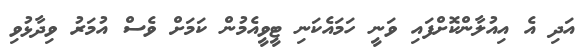
އަދި އެ އިއުލާންކޮށްފައި ވަނީ ހަމައެކަނި ޓީވީއެމުން ކަމަށް ވެސް އުމަރު ވިދާޅުވި